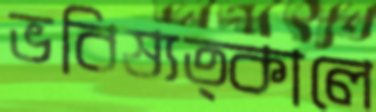
ভবিষ্যত্কালে